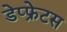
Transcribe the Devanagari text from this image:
डेप्फ्रेटस